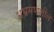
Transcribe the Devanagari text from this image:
अभ्रमणशील